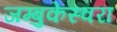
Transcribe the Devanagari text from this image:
जम्बुकेस्वरा